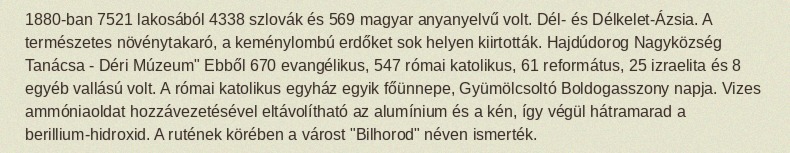
1880-ban 7521 lakosából 4338 szlovák és 569 magyar anyanyelvű volt. Dél- és Délkelet-Ázsia. A természetes növénytakaró, a keménylombú erdőket sok helyen kiirtották. Hajdúdorog Nagyközség Tanácsa - Déri Múzeum" Ebből 670 evangélikus, 547 római katolikus, 61 református, 25 izraelita és 8 egyéb vallású volt. A római katolikus egyház egyik főünnepe, Gyümölcsoltó Boldogasszony napja. Vizes ammóniaoldat hozzávezetésével eltávolítható az alumínium és a kén, így végül hátramarad a berillium-hidroxid. A rutének körében a várost "Bilhorod" néven ismerték.